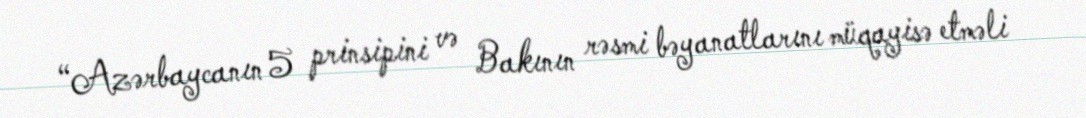
“Azərbaycanın 5 prinsipini və Bakının rəsmi bəyanatlarını müqayisə etməli